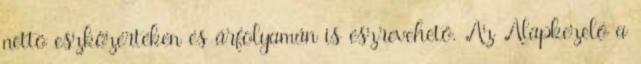
nettó eszközértékén és árfolyamán is észrevehető. Az Alapkezelő a